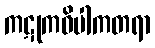
ကဋုကဝိပါကတရာ